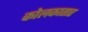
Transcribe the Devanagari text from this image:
कोलकातार